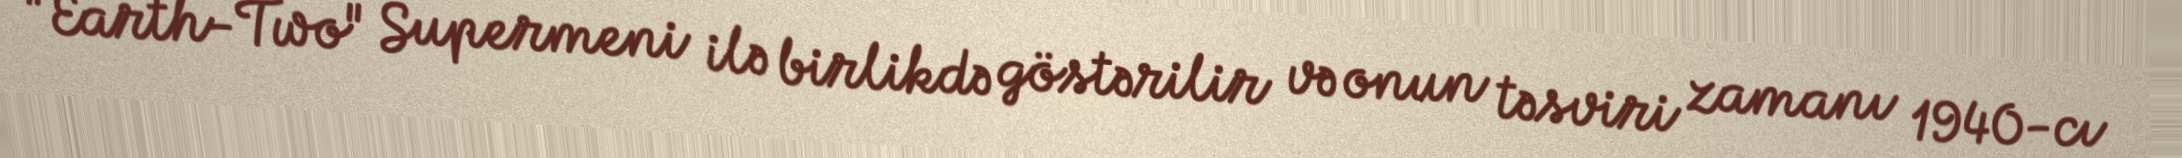
"Earth-Two" Supermeni ilə birlikdə göstərilir və onun təsviri zamanı 1940-cı